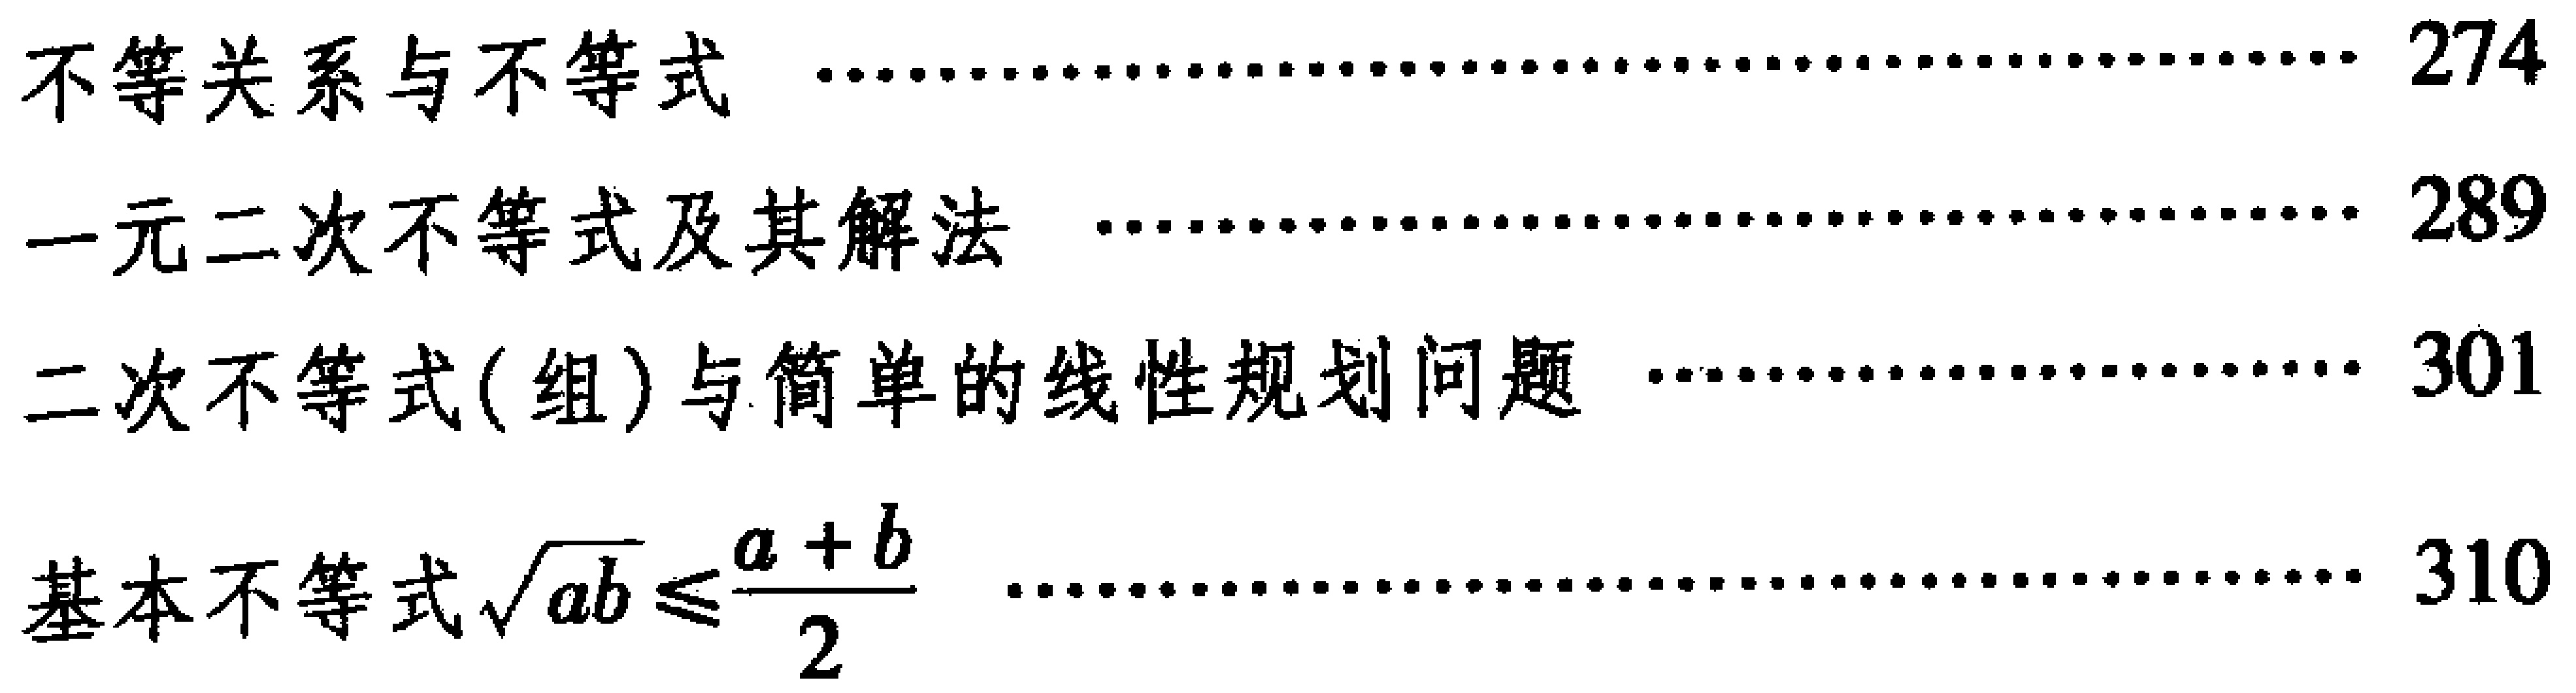
不等关系与不等式 \hfill 274\\
一元二次不等式及其解法 \hfill 289\\
二次不等式(组)与简单的线性规划问题 \hfill 301\\
基本不等式$\sqrt{ab} \leq \frac{a + b}{2}$ \hfill 310